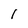
Character: 1